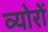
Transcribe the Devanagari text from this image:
व्योरों